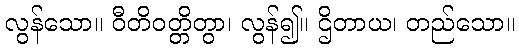
လွန်သော။ ဝီတိဝတ္တိတွာ၊ လွန်၍။ ဌိတာယ၊ တည်သော။